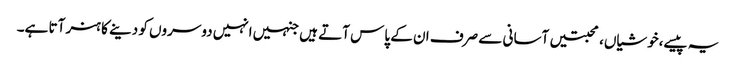
یہ پیسے،خوشیاں،محبتیں آسانی سے صرف ان کے پاس آتے ہیں جنہیں انہیں دوسروں کو دینے کا ہنر آتا ہے۔